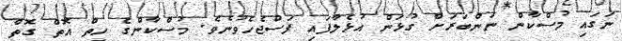
ނަގައި މުސްކާން ނަންބަރަށް ގުޅަން އުޅެލާފައި ފަސްޖެހެވުނެވެ. މުސްކާންގެ ހިތް އޮތް ގޮތް